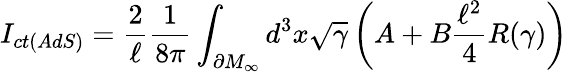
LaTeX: I_{ct(AdS)}=\frac{2}{\ell}\frac{1}{8\pi}\int_{\partial M_{\infty}}d^{3}x\sqrt{\gamma}\left(A+B\frac{\ell^{2}}{4}R(\gamma)\right)